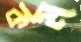
কম